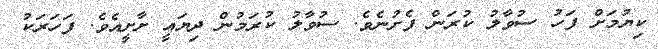
ކިޔުމަށް ފަހު ސުވާލު ކުރަން ފެށުނެވެ. ސުވާލު ކުރަމުން ދިޔައީ ށާށީއެވެ. ފަހަރަކު